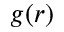
g ( r )